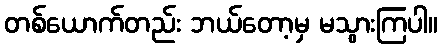
တစ်ယောက်တည်း ဘယ်တော့မှ မသွားကြပါ။